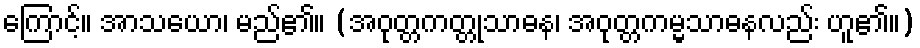
ကြောင့်။ အာသယော၊ မည်၏။ (အဝုတ္တကတ္တုသာဓန၊ အဝုတ္တကမ္မသာဓနလည်း ဟူ၏။)